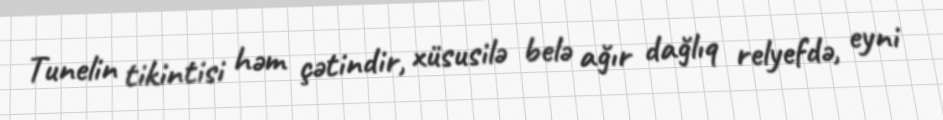
Tunelin tikintisi həm çətindir, xüsusilə belə ağır dağlıq relyefdə, eyni